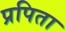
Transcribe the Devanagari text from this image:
प्रपिता